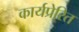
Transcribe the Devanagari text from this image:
कार्यप्रेरित